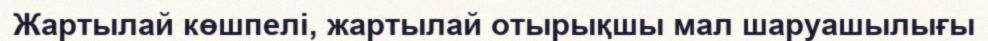
Жартылай көшпелі, жартылай отырықшы мал шаруашылығы